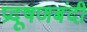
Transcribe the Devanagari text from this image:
प्रदूषणबंदी